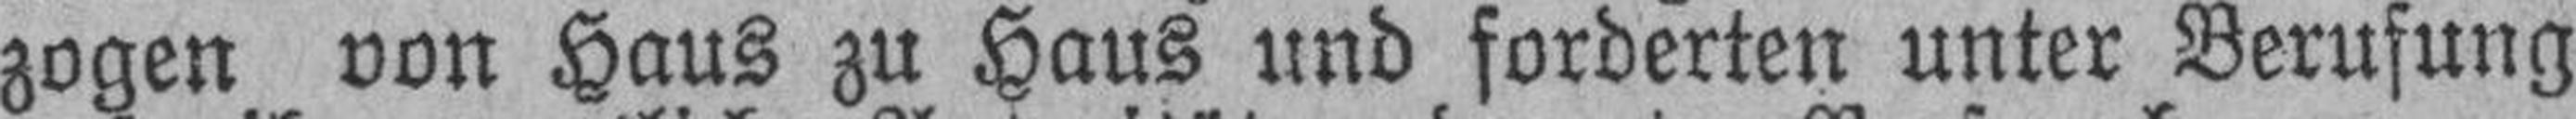
zogen von Haus zu Haus und forderten unter Berufung